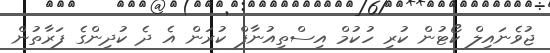
ޖުވެނައިލް ކޯޓުން ކުރި ހުކުމް އިސްތިއުނާފް ކުރަން އެ ދެ ކުދިންގެ ފަރާތުން